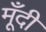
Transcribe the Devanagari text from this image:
मूँदी